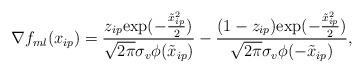
LaTeX: \begin{align*}\nabla f_{ml}(x_{ip}) = \frac{z_{ip}\textrm{exp}(-\frac{\tilde{x}_{ip}^2}{2})}{\sqrt{2\pi}\sigma_v\phi (\tilde{x}_{ip})} -\frac{(1-z_{ip})\textrm{exp}(-\frac{\tilde{x}_{ip}^2}{2})}{\sqrt{2\pi}\sigma_v\phi (-\tilde{x}_{ip})},\end{align*}